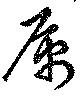
属